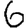
Digit: 6